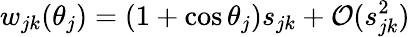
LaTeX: w_{jk}(\theta_{j})=(1+\cos\theta_{j})s_{jk}+\mathcal O(s_{jk}^{2})